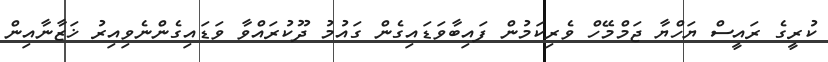
ކުރީގެ ރައީސް ޔަހްޔާ ޖަމްމޭހް ވެރިކަމުން ފައިބާވަޑައިގެން ގައުމު ދޫކުރައްވާ ވަޑައިގެންނެވިއިރު ޚަޒާނާއިން